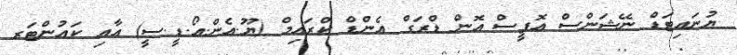
ޔުނައިޓަޑް ނޭޝަންސް އޮފީސް އޮން ޑްރަގް އެންޑް ކްރައިމް (ޔޫ.އެން.އޯ.ޑީ.ސީ) އާއި ކައުންޓަރ